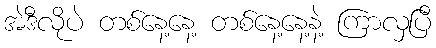
အဲဒီလိုပဲ တစ်နေ့နေ့ တစ်နေ့နေ့နဲ့ ကြာလှပြီ